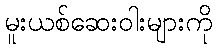
မူးယစ်ဆေးဝါးများကို